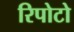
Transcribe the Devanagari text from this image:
रिपोटो